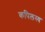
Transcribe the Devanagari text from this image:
कपिलस्य